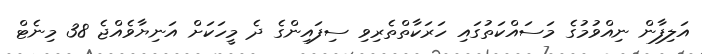
އަލިފާން ނިއްވުމުގެ މަސައްކަތުގައި ހަރަކާތްތެރިވި ސިފައިންގެ ދެ މީހަކަށް އަނިޔާވެއްޖެ 38 މިނެޓް